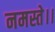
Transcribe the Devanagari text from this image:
नमस्ते।।